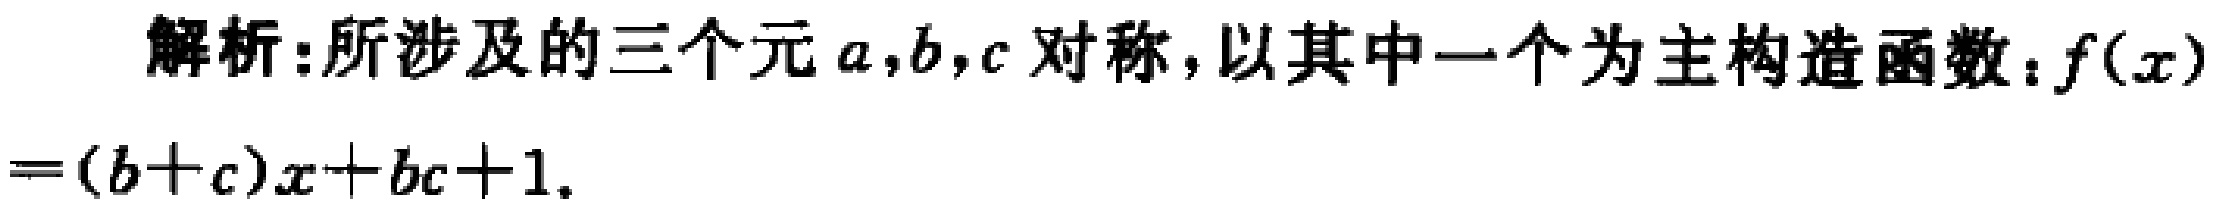
解析:所涉及的三个元\(a,b,c\)对称，以其中一个为主构造函数：\(f(x)=(b + c)x+bc + 1\)。